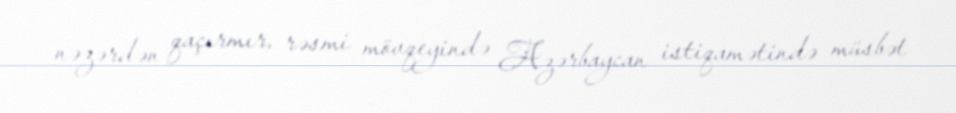
nəzərdən qaçırmır, rəsmi mövqeyində Azərbaycan istiqamətində müsbət